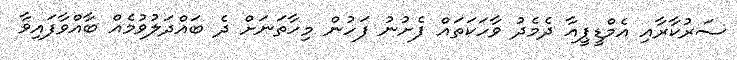
ސަރުކާރާއި އެމްޑީޕީއާ ދެމެދު ވާހަކަތައް ފެށުނު ފަހުން މިހާތަނަށް ދެ ބައްދަލުވުމެއް ބާއްވާފައިވާ